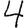
Digit: 4